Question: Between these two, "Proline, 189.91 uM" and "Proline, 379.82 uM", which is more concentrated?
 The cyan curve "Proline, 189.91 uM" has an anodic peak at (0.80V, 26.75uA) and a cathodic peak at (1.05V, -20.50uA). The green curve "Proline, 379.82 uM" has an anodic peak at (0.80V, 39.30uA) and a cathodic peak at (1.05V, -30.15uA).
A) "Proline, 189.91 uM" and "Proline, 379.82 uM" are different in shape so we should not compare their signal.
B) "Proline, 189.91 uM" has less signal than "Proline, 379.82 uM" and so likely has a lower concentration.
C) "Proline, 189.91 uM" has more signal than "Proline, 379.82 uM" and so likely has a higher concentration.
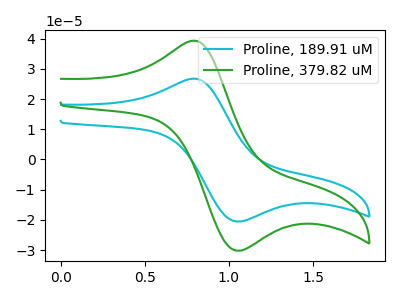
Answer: <think>All the peaks in "Proline, 189.91 uM" have a peak in "Proline, 379.82 uM" at the same potential. Every peak in "Proline, 189.91 uM" is lower than every peak in "Proline, 379.82 uM".
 </think>
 <answer>B) "Proline, 189.91 uM" has less signal than "Proline, 379.82 uM" and so likely has a lower concentration.</answer>
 <eval>B</eval>